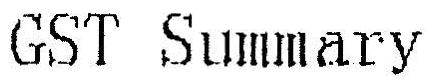
GST SUMMARY